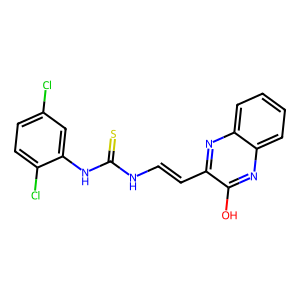
SMILES: Oc1nc2ccccc2nc1C=CNC(=S)Nc1cc(Cl)ccc1Cl
Inhibits HIV replication: No